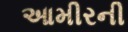
આમીરની